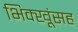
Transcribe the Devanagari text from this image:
भिक्खूंसह